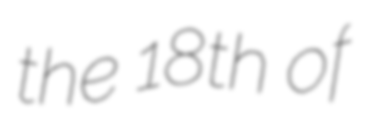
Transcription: the 18th of